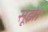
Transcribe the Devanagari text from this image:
सूझे।